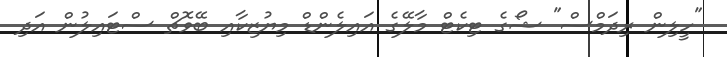
"ހީލިން ރިދަމްސް" ޝޯގެ ޓިކެޓް މާލޭގެ އައިލެންޑް މިޔުޒިކާއި ބޭވޮޗް ސްޓައިލުން އަދި